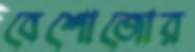
বেশোজোর